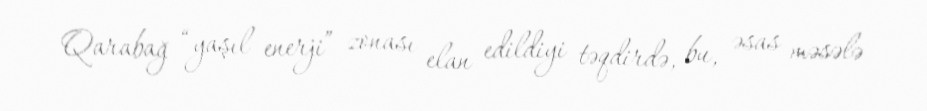
Qarabağ “yaşıl enerji” zonası elan edildiyi təqdirdə, bu, əsas məsələ